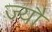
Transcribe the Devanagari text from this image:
ज्‍यौं